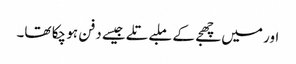
اور میں چھجے کے ملبے تلے جیسے دفن ہو چکا تھا۔